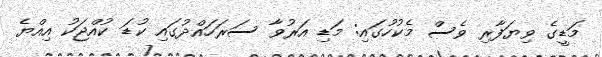
މަޑީގެ ވިޔަފާރި ވެސް މެކުހުގައި: މަޑި އަރުވާ ސަރަހައްދުގައި ކުޑަ ކުއްޖަކު އިއްޔެ